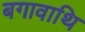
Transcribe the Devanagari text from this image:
बगावाथि